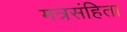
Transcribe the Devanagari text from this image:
मत्रसंहिता